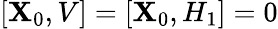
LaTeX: [\mathbf{X}_{0},V]=[\mathbf{X}_{0},H_{1}]=0